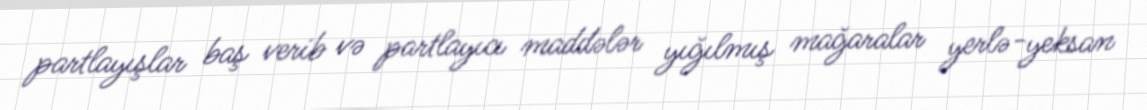
partlayışlar baş verib və partlayıcı maddələr yığılmış mağaralar yerlə-yeksan